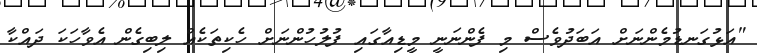
"އަޅުގަނޑުމެންނަށް އަބަދުވެސް މި ފެންނަނީ މީޑިއާގައި ފުލުހުންނަށް ހެކިތަކެއް ލިބިގެން އެވާހަކަ ދައްކާ